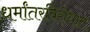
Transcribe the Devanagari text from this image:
धर्मांतरविरोधात